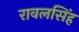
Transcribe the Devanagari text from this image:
रावलसिंह